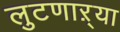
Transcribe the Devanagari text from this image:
लुटणाऱ्या